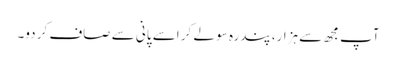
آپ مجھ سے ہزار، پندرہ سو لے کر اسے پانی سے صاف کر دو۔